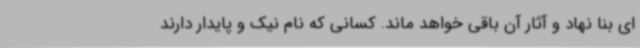
ای بنا نهاد و آثار آن باقی خواهد ماند. کسانی که نام نیک و پایدار دارند